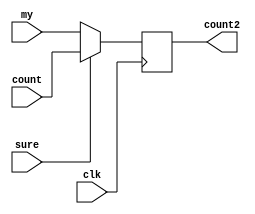
module my(
    input[3:0] count,
    input[3:0] my,
    input sure,
    input clk,
    output[3:0] count2
    );
    wire[3:0] count,my;
    wire sure;
    reg[3:0] count2;
    always @(posedge clk)
    begin
    if(sure==0)
    count2=my;
    else
    count2=count;
    end
endmodule